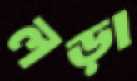
লড়া